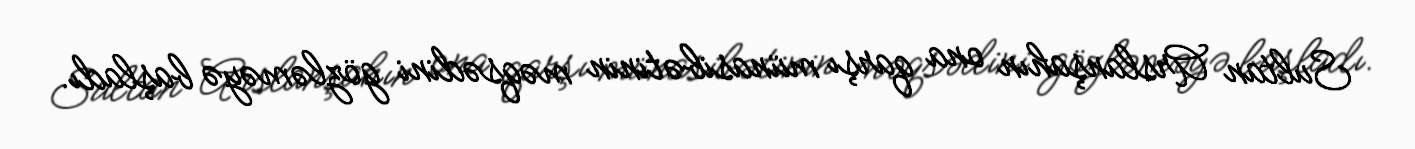
Sultan Arslanşahın ona qarşı münasibətinin məqsədini gözləməyə başladı.